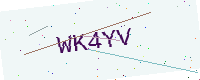
Text: WK4YV